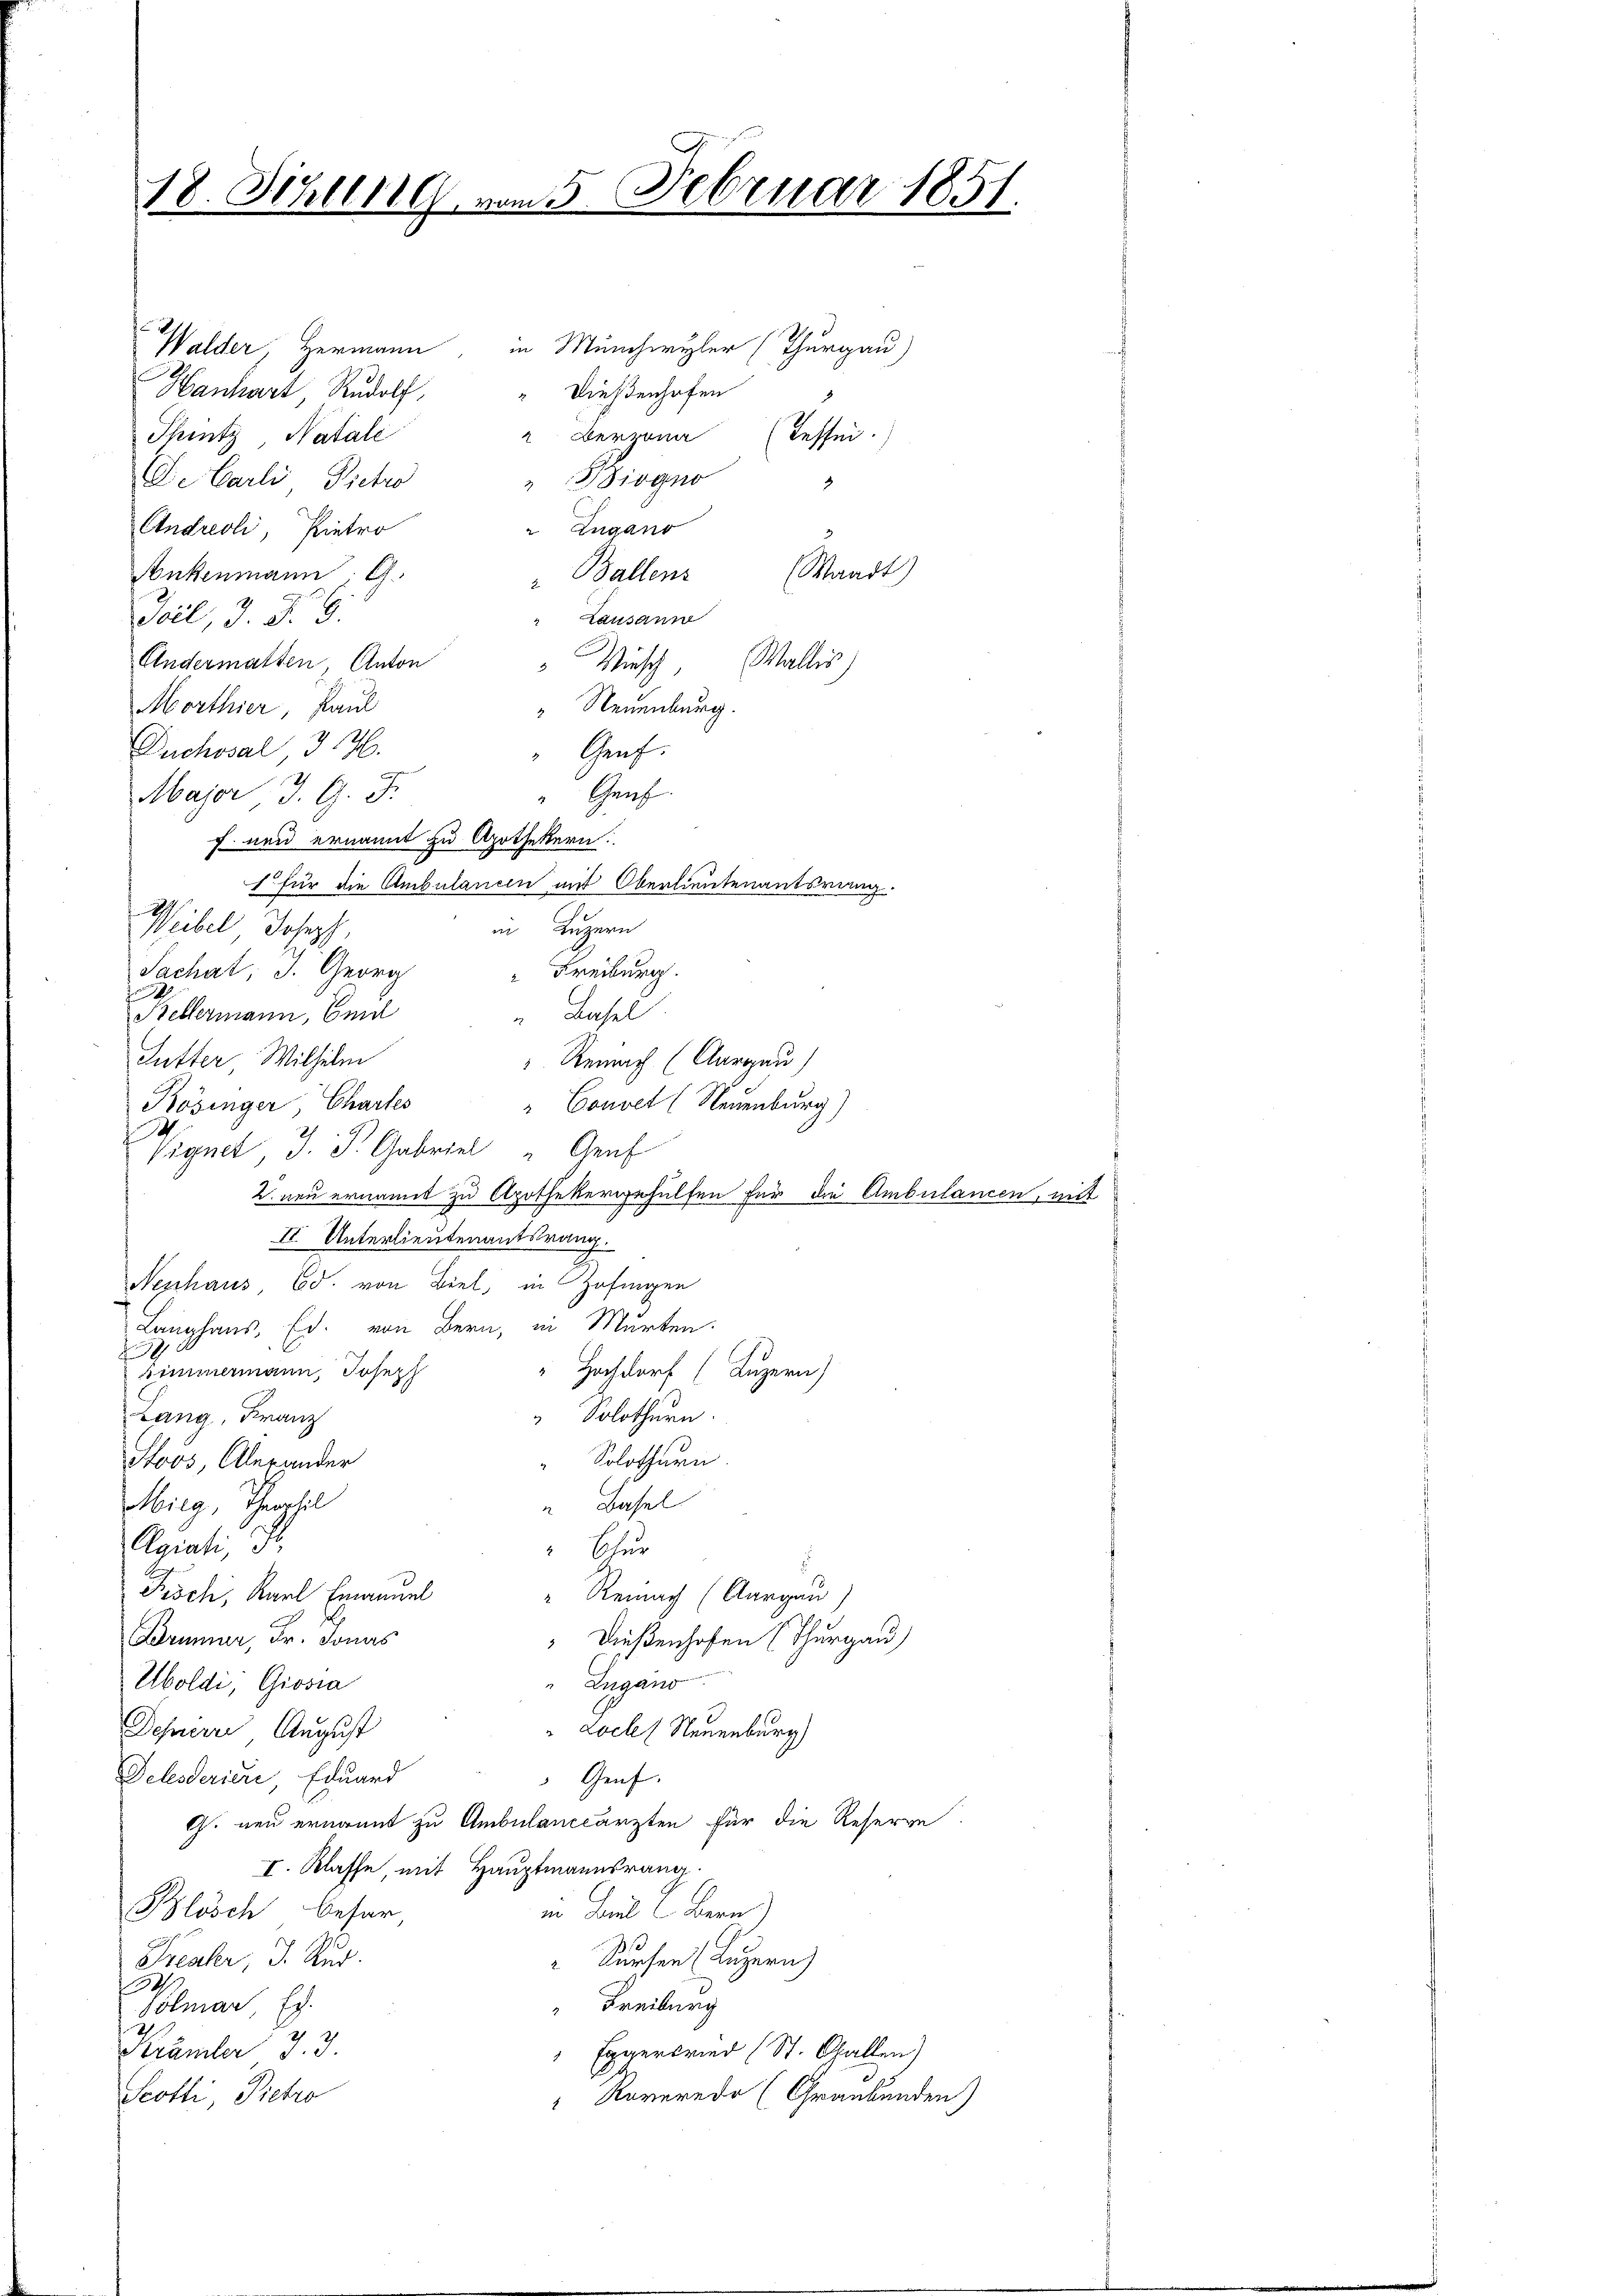
18. Juli 189 vom 5. Februar 1851.

Walder, Hermann, in Münchwyler (Thurgau)
Dießenhofen
Hanhart Rudolf
" Derzona
Tessen.
Thintz Natale
Siogno
De Carli Pietro
3
 Zugano
Andreoli, Pietro
(Waadt)
Ankenmann; G.
" Ballens
Toil, d. d. 9.
" Lausanne
Selter
Andermatten, Anton
Winsch
Morthier, Paul
“ Neuenburg.
0
Duchosal J. H.
Genf.
2
" Genf.
Major J. G. d.
f. neu ernannt zu Apothekern:
1. für die Ambulancen mit Oberlieutenantsrang
Weibel Joseph,
in Luzern
" Freiburg.
Sachat, I. Georg
 Basel
Kellermann, Eind
Futter Wilhelm
Remnach (Aargau)
"Convet (Neuenburg)
Rösinger, Chartes
.
Vignet, J. J. Gabriel " Genf
2. neu ernannt zu Apothekergehülfen für die Ambulancen, mit
II Unterlieutenantsrang.
Nenhaus Ed. von Biel, in Zofingen
Langhaus, Ed. von Bern, in Marten.
u
himmermann, Joseph
“ Hochdorf (Luzern)
Lang, Franz
 Solothurn
Solothurn
Soos Alexander
Mieg, Therehel
“ Basel
Agiati, S.
 Schur
Fisch, Karl Emanuel
" Reinach (Aargau)
Brümer, Fr. Jonas
“ Dießenhofen (Thurgau)
Uboldi, Grosia
Lugano
Dehrere August
Lockel Neuenburg)
Delesderici, Eduard
Genf.
G. neu ernannt zu Ambulanceärzten für die Reserve
I. Klasse mit Hauptmannsrang.
in Laut C. Bern
Blösch besar,
Freaker, J. Rud.
 Sursen (Luzern)
1
" Freiburg
Polmar, Eg
Krämter 3. 3
Eggersried (St. Gallen)
Scotli, Pietro
Koveredo (Graubünden)